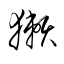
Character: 獺